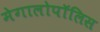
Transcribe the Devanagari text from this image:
मेगालोपॉलिस